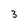
Character: 3